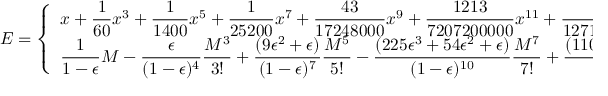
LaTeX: E = { \left\{ \begin{array} { l l } { \displaystyle x + { \frac { 1 } { 6 0 } } x ^ { 3 } + { \frac { 1 } { 1 4 0 0 } } x ^ { 5 } + { \frac { 1 } { 2 5 2 0 0 } } x ^ { 7 } + { \frac { 4 3 } { 1 7 2 4 8 0 0 0 } } x ^ { 9 } + { \frac { 1 2 1 3 } { 7 2 0 7 2 0 0 0 0 0 } } x ^ { 1 1 } + { \frac { 1 5 1 4 3 9 } { 1 2 7 1 3 5 0 0 8 0 0 0 0 0 } } x ^ { 1 3 } \cdots \ | \ x = ( 6 M ) ^ { \frac { 1 } { 3 } } , } & { \epsilon = 1 } \\ { \displaystyle { \frac { 1 } { 1 - \epsilon } } M - { \frac { \epsilon } { ( 1 - \epsilon ) ^ { 4 } } } { \frac { M ^ { 3 } } { 3 ! } } + { \frac { ( 9 \epsilon ^ { 2 } + \epsilon ) } { ( 1 - \epsilon ) ^ { 7 } } } { \frac { M ^ { 5 } } { 5 ! } } - { \frac { ( 2 2 5 \epsilon ^ { 3 } + 5 4 \epsilon ^ { 2 } + \epsilon ) } { ( 1 - \epsilon ) ^ { 1 0 } } } { \frac { M ^ { 7 } } { 7 ! } } + { \frac { ( 1 1 0 2 5 \epsilon ^ { 4 } + 4 1 3 1 \epsilon ^ { 3 } + 2 4 3 \epsilon ^ { 2 } + \epsilon ) } { ( 1 - \epsilon ) ^ { 1 3 } } } { \frac { M ^ { 9 } } { 9 ! } } \cdots , } & { \epsilon \neq 1 } \end{array} \right. }